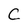
Character: C